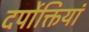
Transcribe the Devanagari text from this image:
दर्पोक्तियां